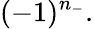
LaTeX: (-1)^{n_{-}}.